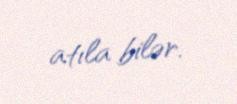
atıla bilər.